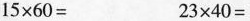
$$15\times 60=$$ $$23\times 40=$$